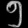
Digit: ၅